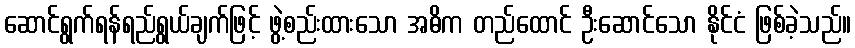
ဆောင်ရွက်ရန်ရည်ရွယ်ချက်ဖြင့် ဖွဲ့စည်းထားသော အဓိက တည်ထောင် ဦးဆောင်သော နိုင်ငံ ဖြစ်ခဲ့သည်။